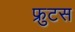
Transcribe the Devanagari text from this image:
फ्रुटस